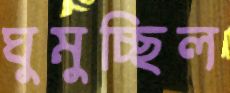
ঘুমুচ্ছিল